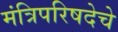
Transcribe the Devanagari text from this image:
मंत्रिपरिषदेचे